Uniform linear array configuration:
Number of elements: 8
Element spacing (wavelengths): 0.25
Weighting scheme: binomial
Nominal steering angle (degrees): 60
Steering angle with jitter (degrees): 61.544
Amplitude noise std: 0.05
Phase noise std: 0.05

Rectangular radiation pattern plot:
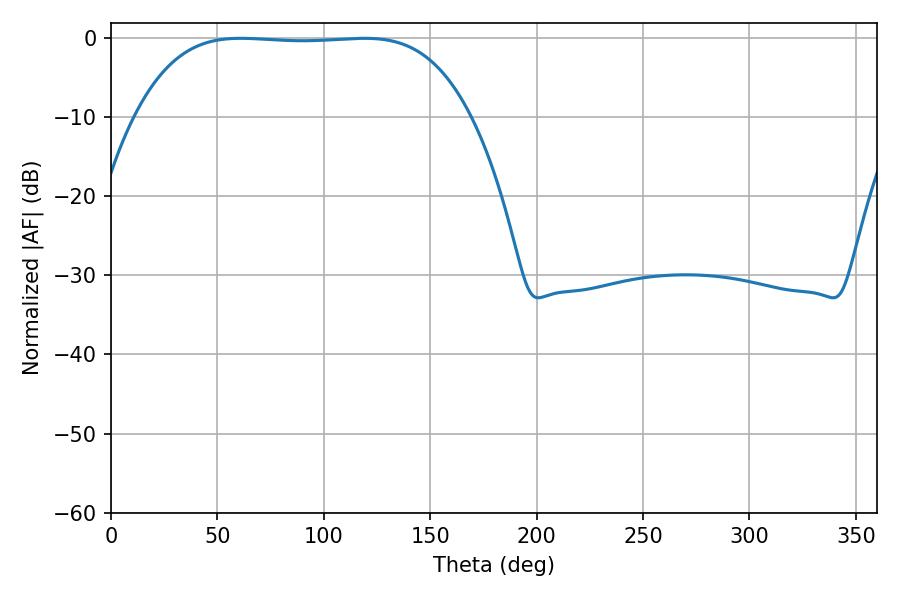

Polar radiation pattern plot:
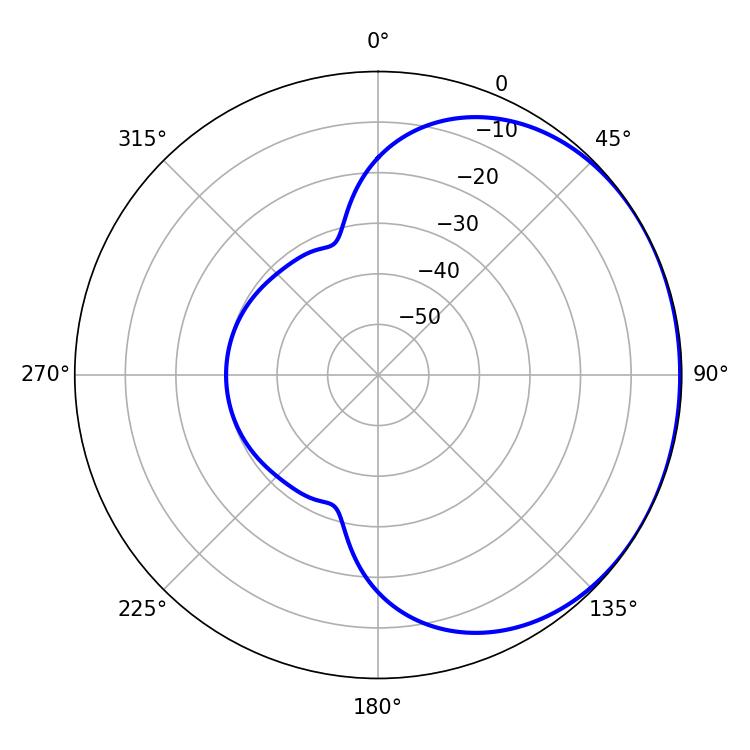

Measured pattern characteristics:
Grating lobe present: FALSE
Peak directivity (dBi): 0.7848
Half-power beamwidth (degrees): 121.68
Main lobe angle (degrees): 61.02